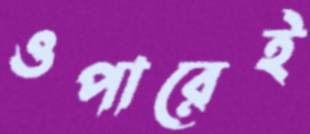
ওপারেই